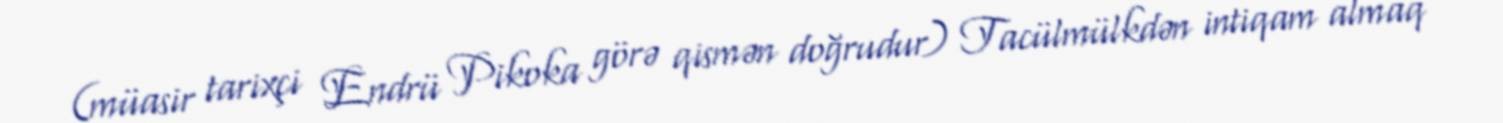
(müasir tarixçi Endrü Pikoka görə qismən doğrudur) Tacülmülkdən intiqam almaq